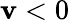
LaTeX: \mathbf{v}<0